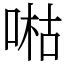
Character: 喖